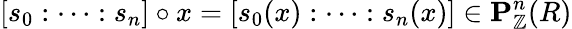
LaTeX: [s_{0}:\cdots:s_{n}]\circ x=[s_{0}(x):\cdots:s_{n}(x)]\in\mathbf{P}_{\mathbb{Z}}^{n}(R)